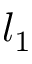
l _ { 1 }